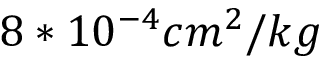
8 * 1 0 ^ { - 4 } c m ^ { 2 } / k g